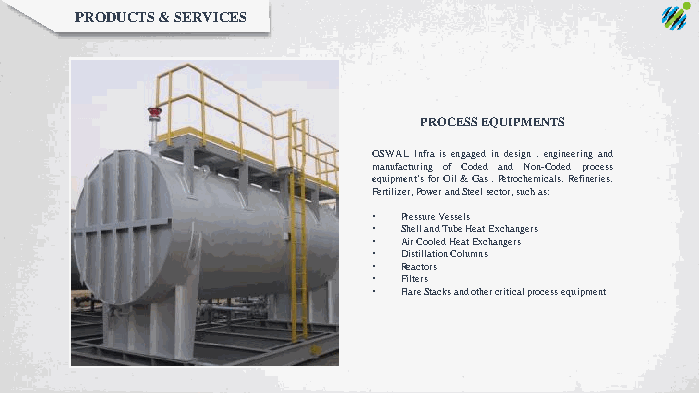
PRODUCTS & SERVICES
 PROCESS EQUIPMENTS
 OSWALInfraisengagedindesign,engineeringand
 manufacturing of Coded and Non-Coded process
 equipment’sforOil&Gas,Petrochemicals,Refineries,
 Fertilizer,PowerandSteelsector,suchas:
 • Pressure Vessels
 • Shell and Tube Heat Exchangers
 • Air Cooled Heat Exchangers
 • Distillation Columns
 • Reactors
 • Filters
 • Flare Stacks and other critical process equipment